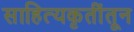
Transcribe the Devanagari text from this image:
साहित्यकृतींतून